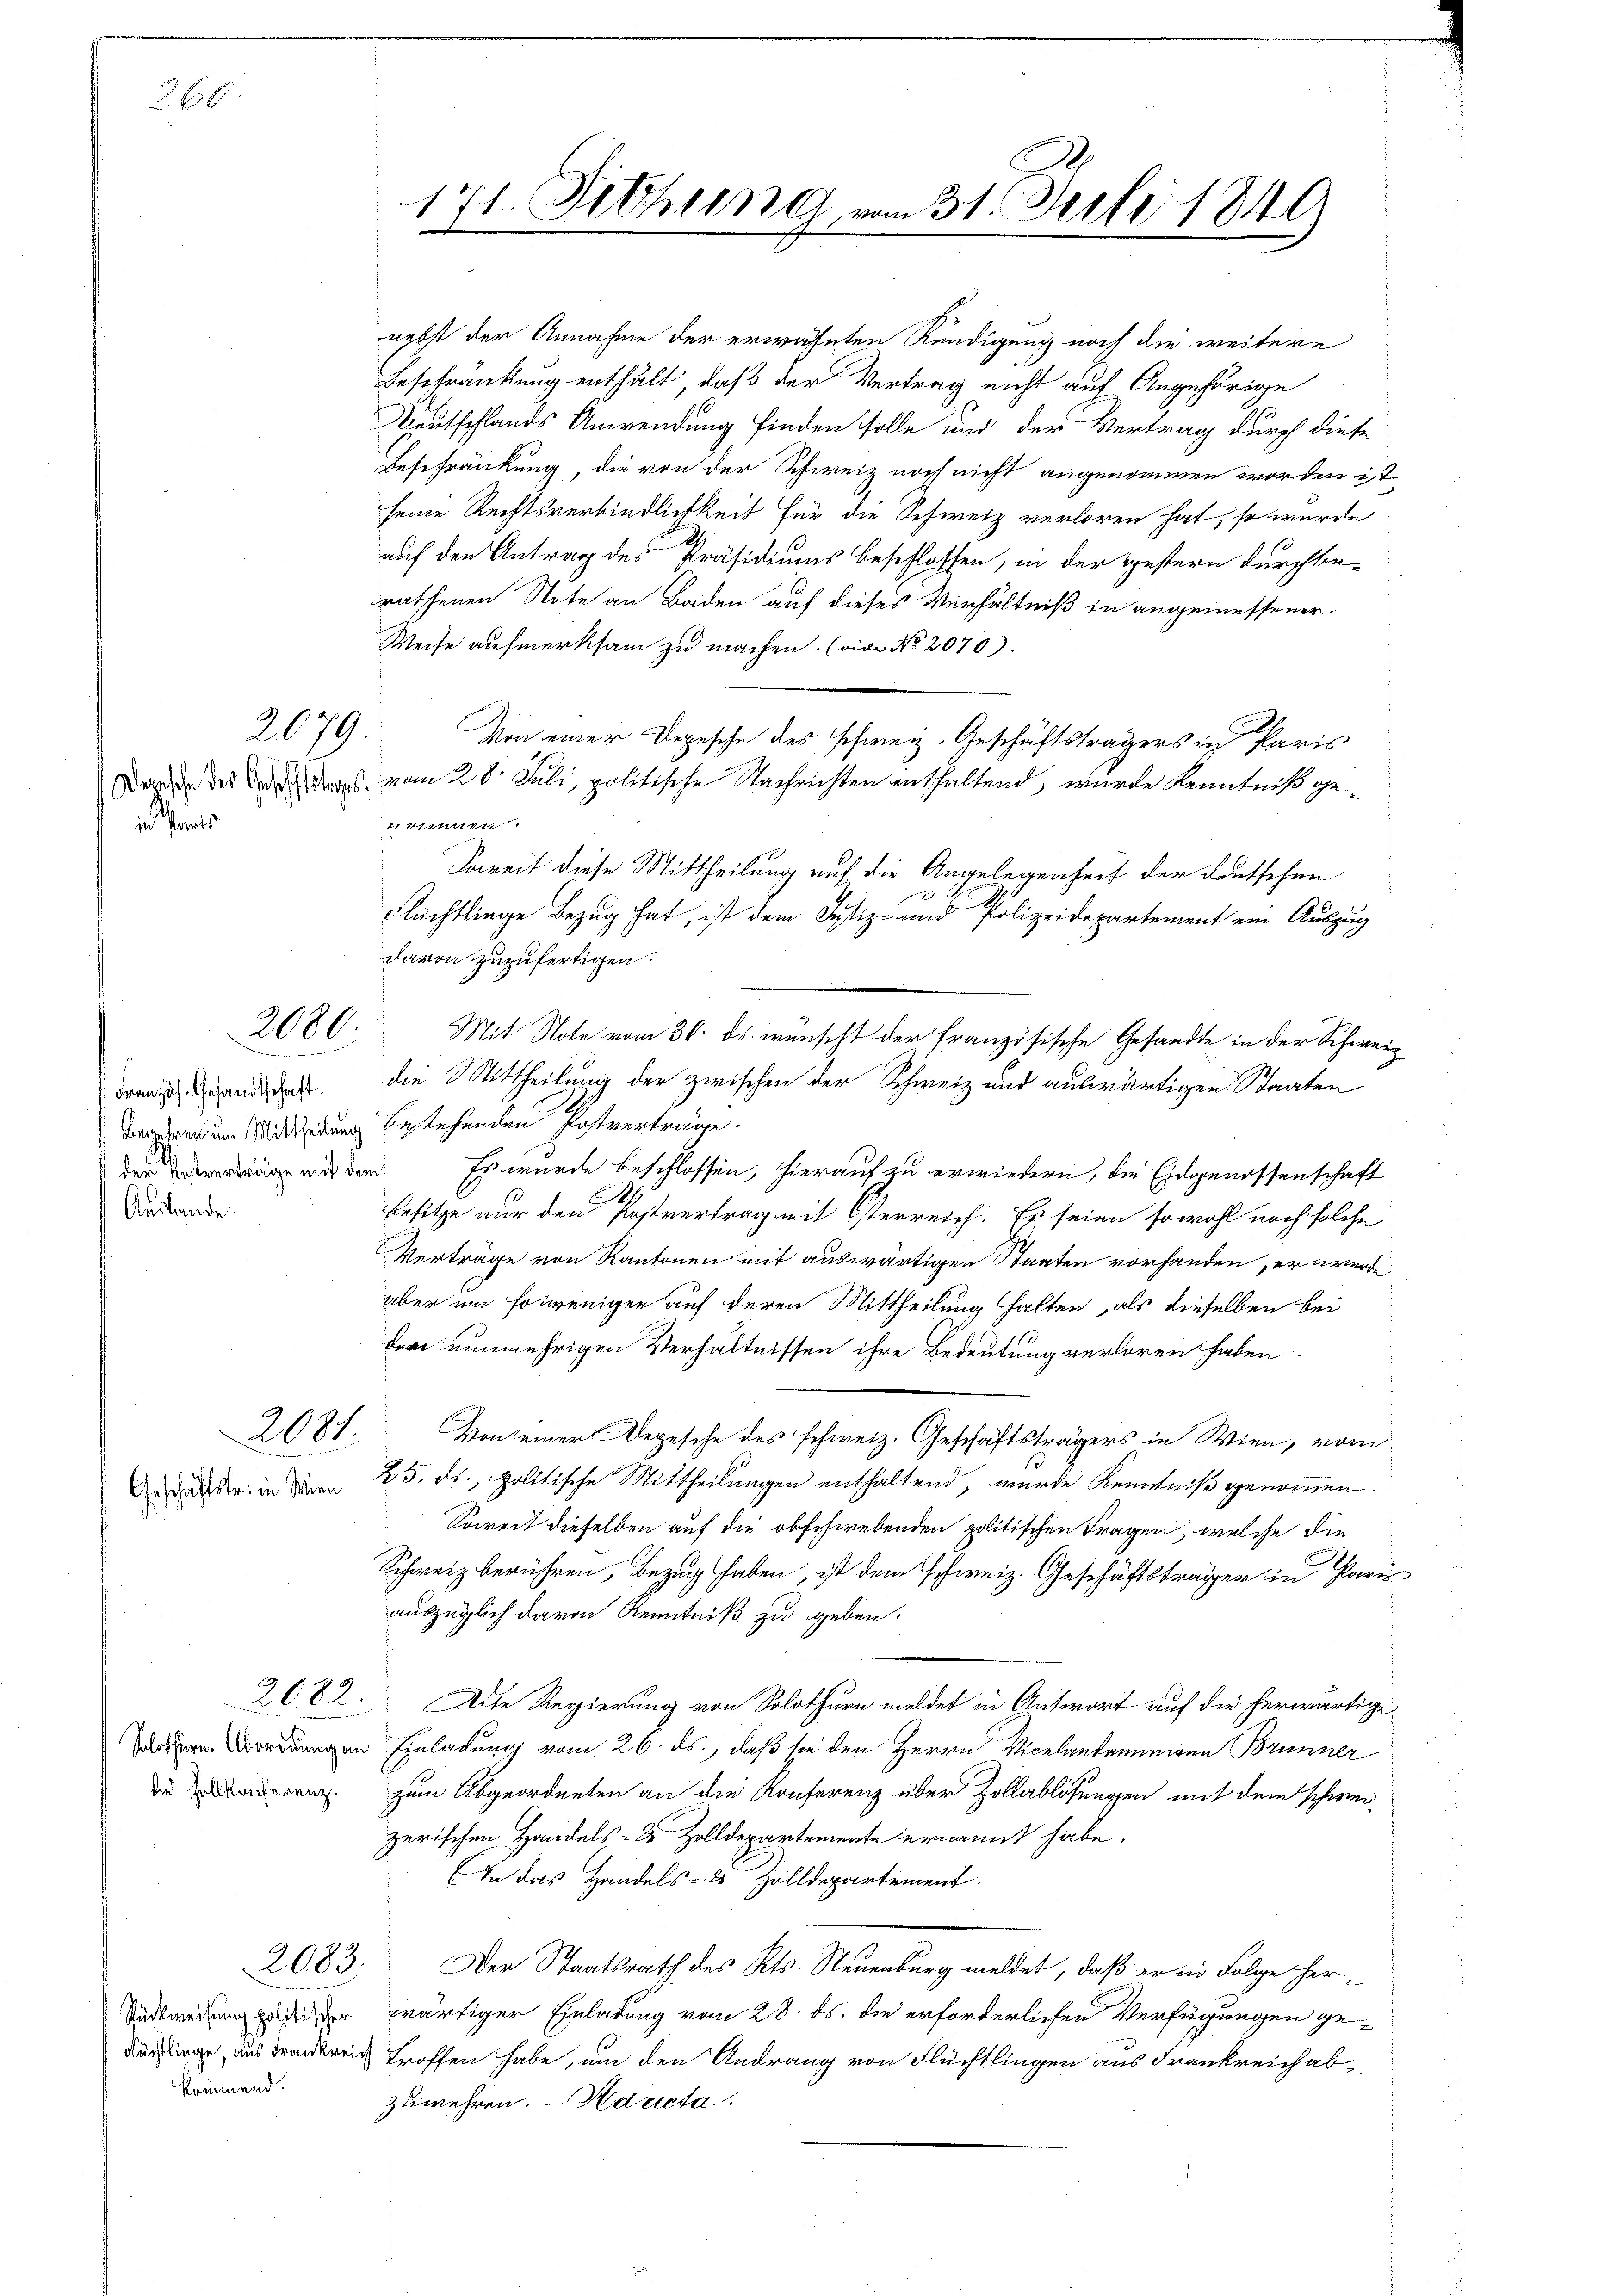
66

i

2079.

2080.
e

Französ. Gesandtschaft.
Auslande.

2081.

Geschäftstr. in Wien

die Zollkonferenz.

2083.

kommend.

nebst der Annahme der erwähnten Kündigung noch die weitere
Beschränkung enthält, daß der Vertrag nicht auf Angehörige
Deutschlands Anwendung finden solle und der Vertrag durch diese
Beschränkung, die von der Schweiz. noch nicht angenommen worden ist,
seine Rechtsverbindlichkeit für die Schweiz verloren hat, so wurde
auf den Antrag des Präsidiums beschlossen, in der gestern durchbe-
drathenen Note an Baden auf dieses Verhältniß in angemessener
Weise aufmerksam zu machen. (vier No 2070).
Von einer Depesche des schweiz. Geschäftsträgers in Paris
Forden des des vom 28. Juli, politische Nachrichten enthaltend, wurde Kenntniß geosnien
Soweit diese Mittheilung auf die Angelegenheit der deutschen
f
Flüchtlinge Bezug hat, ist dem Justiz- und Polizeidepartement ein Auszug
davon zuzufertigen.
Mit Note vom 30. ds. wünscht der französische Gesandte in der Schweidie Mittheilung der zwischen der Schweiz und auswärtigen Staaten
Begehrer um Mittheidung bestehenden Postverträge.
en mit den Es wurde beschlossen, hierauf zu erwiedern, die Eidgenossenschaft
Besitze nur den Postvertrag mit Osterreich. Es seien sowohl noch solche
Verträge von Kantonen mit auswärtigen Staaten vorhanden, er werde
aber um so weniger auf deren Mittheilung halten, als dieselben bei
der nunmehrigen Verhältnissen ihre Bedeutung verloren haben.
Konseiner Depesche des schweiz. Geschäftsträgers in Wien, vom
25. ds., politische Mittheilungen enthaltend, wurde Kenntniß genommen.
Soweit dieselben auf die obschwebenden politischen Fragen, welche die
Schweiz berühren, Bezug haben, ist dem Schweiz. Geschäftsträger in Pari
auszüglich davon Kenntniß zu geben.
2682. Alte Regierung von Solothurn meldet in Antwort auf die herwärtige
 ordnungen Einladung vom 26. ds., daß sie den Herrn Vicelantaninigen Brunner
zum Abgeordneten an die Konferenz über Zollablösungen mit dem schweizerischen Handels- & Zolldepartemente ernannt habe.
In das Handels- & Zolldepartement.
Der Staatsrath des Kts. Neuenburg meldet, daß er in Folge her¬
Siderwärtiger Einladung vom 28. ds. die erforderlichen Verfügungen ge¬
Diechlinge, aus Frankreis troffen habe, um den Andrang von Flüchtlingen aus Frankreich abzuwehren. Ad acta

171. Diehung vom 31. Juli 1849